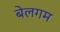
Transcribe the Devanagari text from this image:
बेलगम